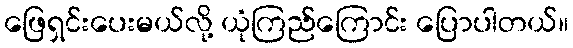
ဖြေရှင်းပေးမယ်လို့ ယုံကြည်ကြောင်း ပြောပါတယ်။